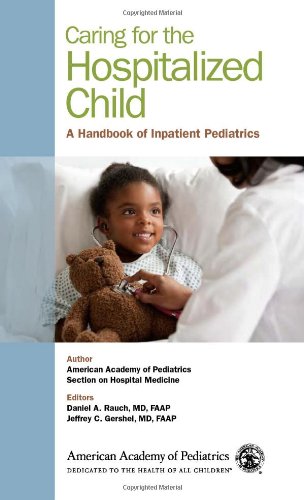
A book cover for Caring for the Hospitalized Child: A Handbook of Inpatient Pediatrics; American Academy of Pediatrics Section on Hospital Medicine; Medical Books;